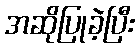
အဆိုပြုခဲ့ပြီး